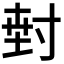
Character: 𭔵